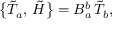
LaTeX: \bigl \{ \tilde { T } _ { a } , \, \tilde { H } \bigr \} = B _ { a } ^ { b } \, \tilde { T } _ { b } ,